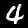
Label: 4